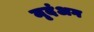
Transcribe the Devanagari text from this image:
मृदंअग